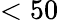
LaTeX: <50